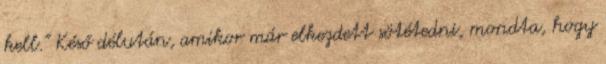
kell.” Késő délután, amikor már elkezdett sötétedni, mondta, hogy